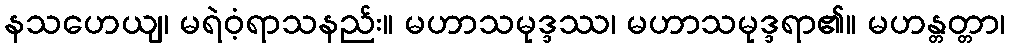
နသဟေယျ၊ မရဲဝံ့ရာသနည်း။ မဟာသမုဒ္ဒဿ၊ မဟာသမုဒ္ဒရာ၏။ မဟန္တတ္တာ၊